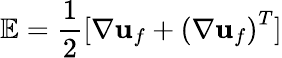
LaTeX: {\mathbb{E}}=\frac{1}{2}[\mathbf{\nabla}\mathbf{u}_{f}+\left(\mathbf{\nabla}\mathbf{u}_{f}\right)^{T}]